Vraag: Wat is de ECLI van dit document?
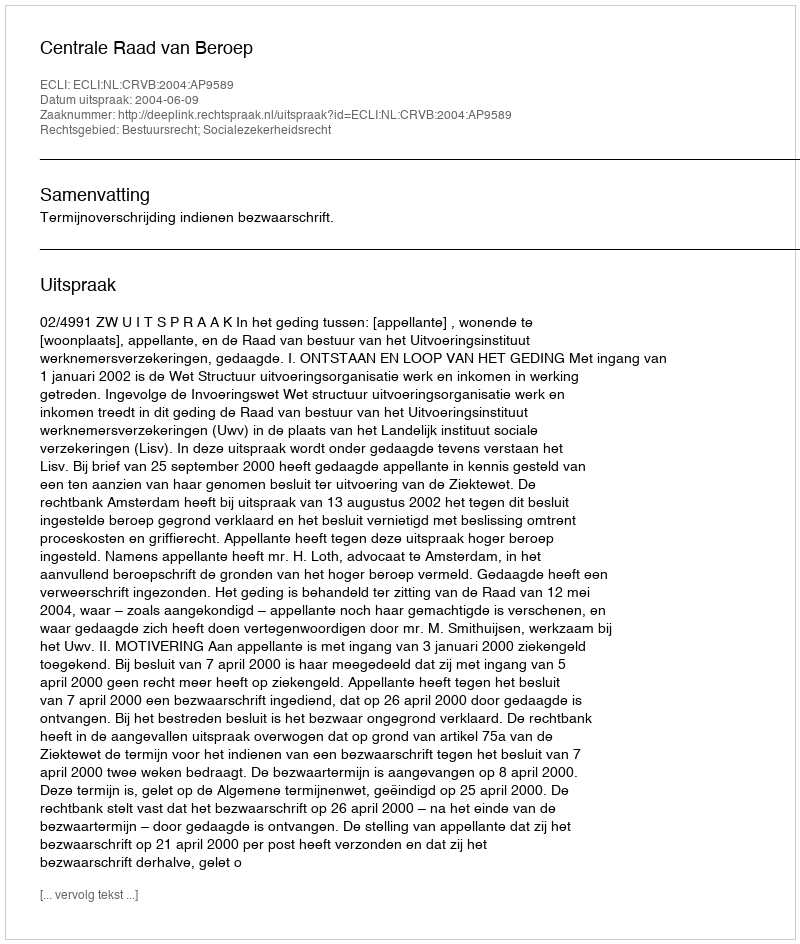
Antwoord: ECLI:NL:CRVB:2004:AP9589